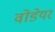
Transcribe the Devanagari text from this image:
वोडेयर